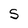
Character: S